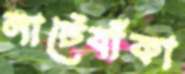
লাটেবাঁকা